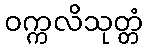
ဝက္ကလိသုတ္တံ